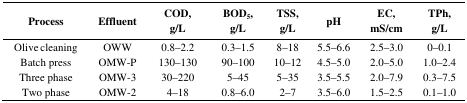
<table><thead><tr><td><b>Process</b></td><td><b>Effluent</b></td><td><b>COD,g/L</b></td><td><b>BOD<sub>5</sub>,g/L</b></td><td><b>TSS,g/L</b></td><td><b>pH</b></td><td><b>EC,mS/cm</b></td><td><b>TPh,g/L</b></td></tr></thead><tbody><tr><td>Olive cleaning</td><td>OWW</td><td>0.8–2.2</td><td>0.3–1.5</td><td>8–18</td><td>5.5–6.6</td><td>2.5–3.0</td><td>0–0.1</td></tr><tr><td>Batch press</td><td>OMW-P</td><td>130–130</td><td>90–100</td><td>10–12</td><td>4.5–5.0</td><td>2.0–5.0</td><td>1.0–2.4</td></tr><tr><td>Three phase</td><td>OMW-3</td><td>30–220</td><td>5–45</td><td>5–35</td><td>3.5–5.5</td><td>2.0–7.9</td><td>0.3–7.5</td></tr><tr><td>Two phase</td><td>OMW-2</td><td>4–18</td><td>0.8–6.0</td><td>2–7</td><td>3.5–6.0</td><td>1.5–2.5</td><td>0.1–1.0</td></tr></tbody></table>